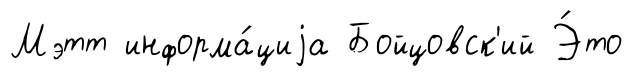
Мэтт информа́циjа Бойцовск'ий Э́то